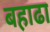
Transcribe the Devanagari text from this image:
बहाढा